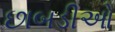
છાબડીઓ